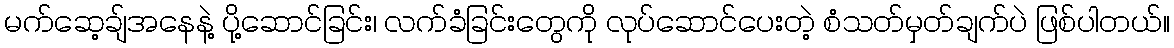
မက်ဆေ့ချ်အနေနဲ့ ပို့ဆောင်ခြင်း၊ လက်ခံခြင်းတွေကို လုပ်ဆောင်ပေးတဲ့ စံသတ်မှတ်ချက်ပဲ ဖြစ်ပါတယ်။